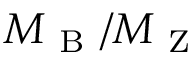
M _ { \mathrm { ~ B ~ } } / M _ { \mathrm { ~ Z ~ } }